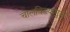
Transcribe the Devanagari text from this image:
चालविल्यामुळे